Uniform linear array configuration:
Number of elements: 24
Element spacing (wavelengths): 0.5
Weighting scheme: hamming
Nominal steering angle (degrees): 15
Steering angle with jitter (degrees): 14.647
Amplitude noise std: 0.05
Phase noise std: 0.05

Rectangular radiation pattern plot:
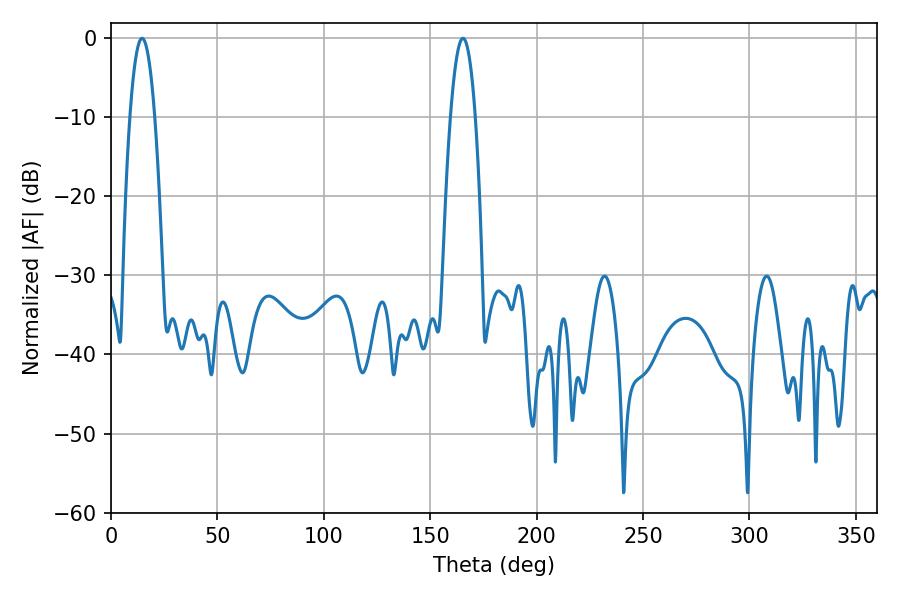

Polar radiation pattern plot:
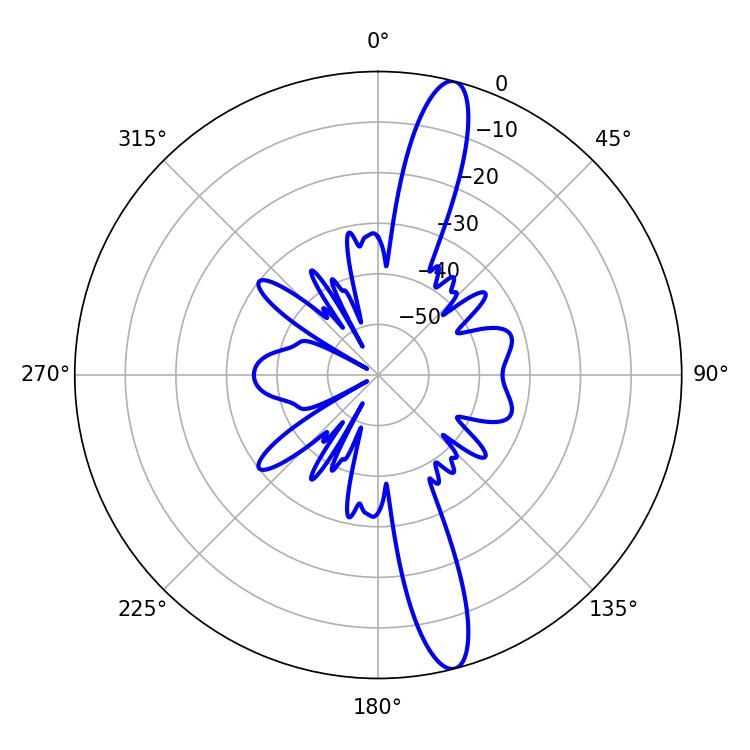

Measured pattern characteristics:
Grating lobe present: FALSE
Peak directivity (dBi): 15.135
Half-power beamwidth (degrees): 6.48
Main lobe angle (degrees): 14.58